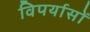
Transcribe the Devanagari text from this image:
विपर्यासों